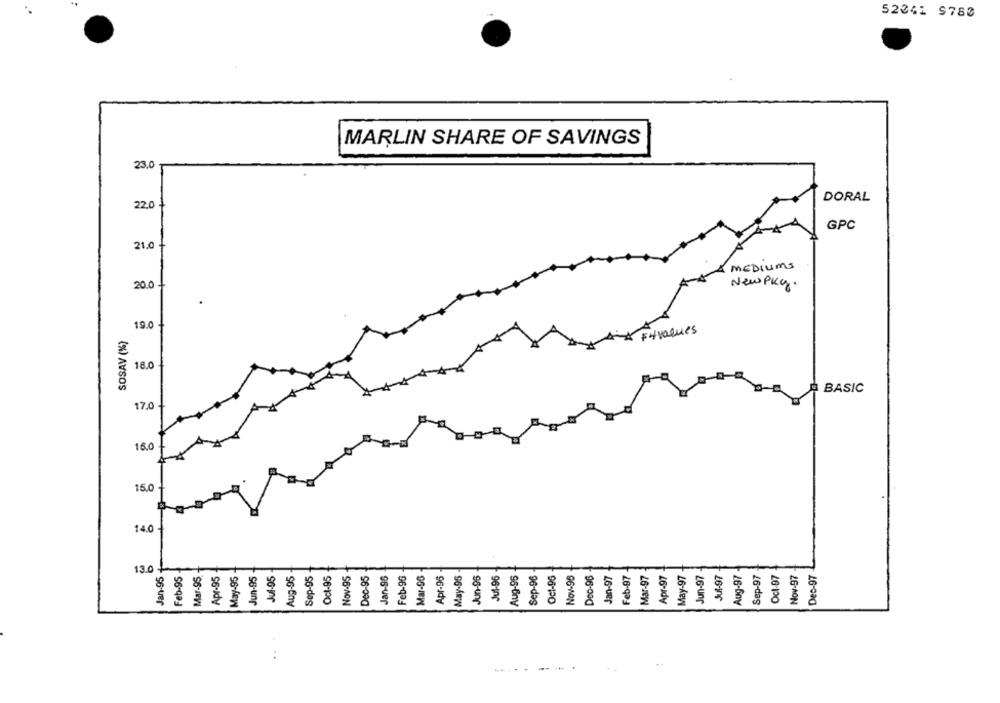
52041 9780
MARLIN SHARE OF SAVINGS
23.0
DORAL
22.0
GPC
21.0
MEDIUMS
20.0
NewPkg.
19.0
$4 values
SOSAV (%)
18.0
BASIC
17.0
16.0
15.0
14.0
13.0
Feb-95
Apr-95
May-95
Jun-95
Jul-95
Aug-95
Sep-95
Oct-95
Nov-95
Dec-95
Jan-96
Feb-96
Mar-96
Apr-96
May-95
Jun-96
Jul-96
Aug-96
Sep-96
Oct-96
Nov-95
Jan-97
Feb-97
Mar-97
Apr-97
May-97
Jun-97
Jul-97
Aug-97
Ocl-97
Nov-97
Dec-97